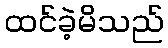
ထင်ခဲ့မိသည်